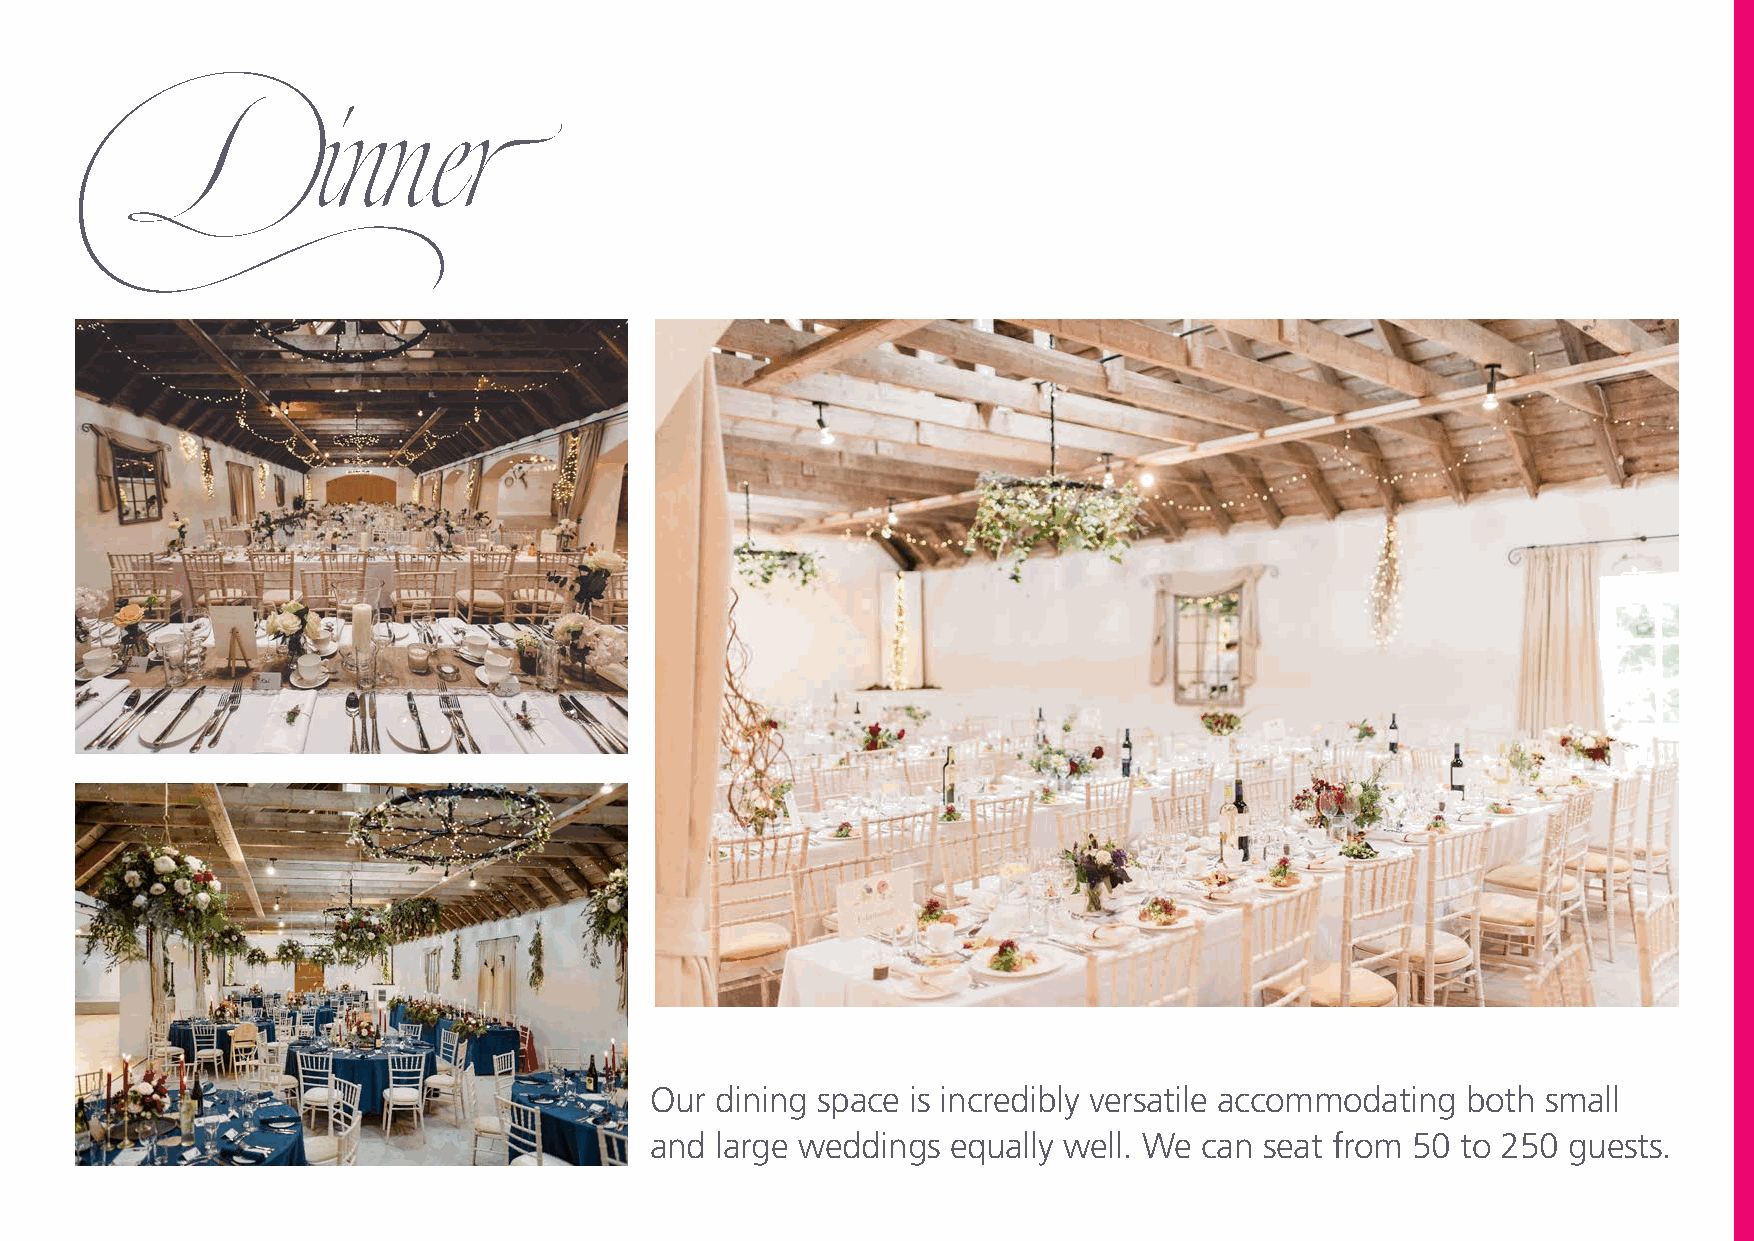
Dinner
 Our dining space is incredibly versatile accommodating both small
 and large weddings  equally well. We can seat from 50 to 250 guests.